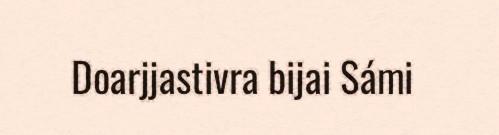
Doarjjastivra bijai Sámi